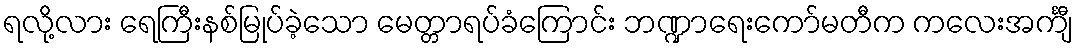
ရလို့လား ရေကြီးနစ်မြုပ်ခဲ့သော မေတ္တာရပ်ခံကြောင်း ဘဏ္ဍာရေးကော်မတီက ကလေးအင်္ကျီ